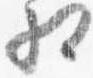
相